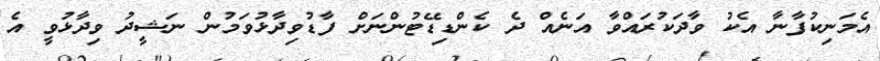
އެމަނިކުފާނާ އެކު ވާދަކުރައްވާ އަނެއް ދެ ކެންޑިޑޭޓުންނަށް ފާޑުވިދާޅުވަމުން ނަޝީދު ވިދާޅުވީ އެ